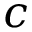
c